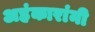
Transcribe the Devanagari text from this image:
अहंकारांनी